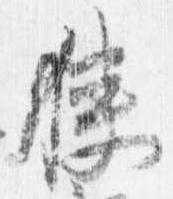
狭